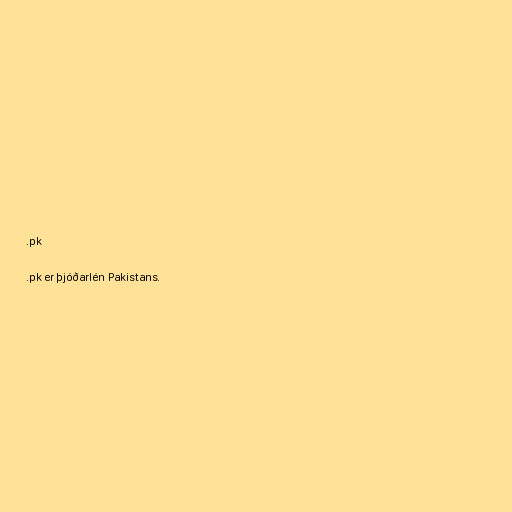
.pk

.pk er þjóðarlén Pakistans.